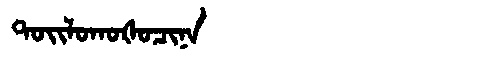
Manchu: ᡨᠣᡳᠯᠣᡴᠣᡧᠣᠴᡳᠨᠠ
Romanization: TOILOKOŠOCINA